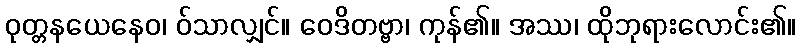
ဝုတ္တနယေနေဝ၊ ဝ်သာလျှင်။ ဝေဒိတဗ္ဗာ၊ ကုန်၏။ အဿ၊ ထိုဘုရားလောင်း၏။